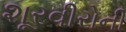
શૂરવીરોની